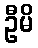
ဦမိ